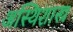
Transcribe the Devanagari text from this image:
अस्थिशास्त्र